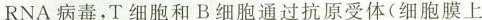
RNA病毒，T细胞和B细胞通过抗原受体(细胞膜上